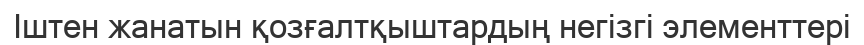
Іштен жанатын қозғалтқыштардың негізгі элементтері